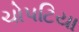
ચોપટિયા